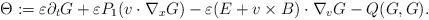
LaTeX: \begin{align*}\Theta:=\varepsilon \partial_{t}G+\varepsilon P_{1}(v\cdot\nabla_{x}G)-\varepsilon(E+v\times B)\cdot\nabla_{v}G-Q(G,G).\end{align*}